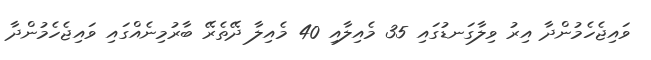
ވައިޖެހެމުންދާ އިރު ވިލާގަނޑުގައި 35 މެއިލާއި 40 މެއިލާ ދޭތެރޭ ބާރުމިނެއްގައި ވައިޖެހެމުންދާ